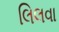
લિલવા